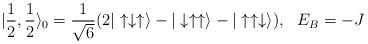
LaTeX: \begin{align*}| \frac{1}{2}, \frac{1}{2} \rangle_0 =\frac{1}{\sqrt{6}} ( 2 | \uparrow \downarrow \uparrow \rangle - |\downarrow \uparrow \uparrow \rangle - | \uparrow \uparrow \downarrow \rangle ), \ \ E_B =-J \end{align*}